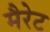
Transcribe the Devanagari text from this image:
मैरेट